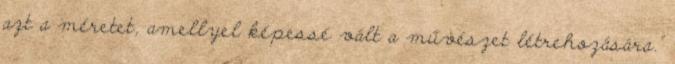
azt a méretet, amellyel képessé vált a művészet létrehozására."